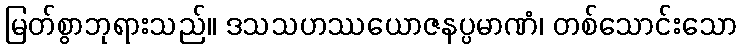
မြတ်စွာဘုရားသည်။ ဒသသဟဿယောဇနပ္ပမာဏံ၊ တစ်သောင်းသော